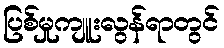
ပြစ်မှုကျူးလွန်ရာတွင်